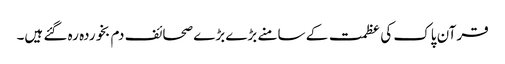
قرآن پاک کی عظمت کے سامنے بڑے بڑے صحائف دم بخوردہ رہ گئے ہیں۔